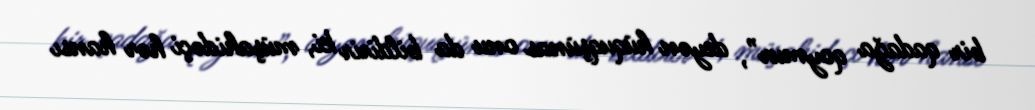
bir qadağa qoymur”, deyən hüquqşünas onu da bildirir ki, müşahidəçi hər hansı